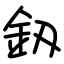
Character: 釼